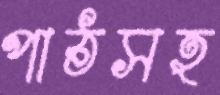
পাঠসহ